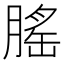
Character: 𦞼